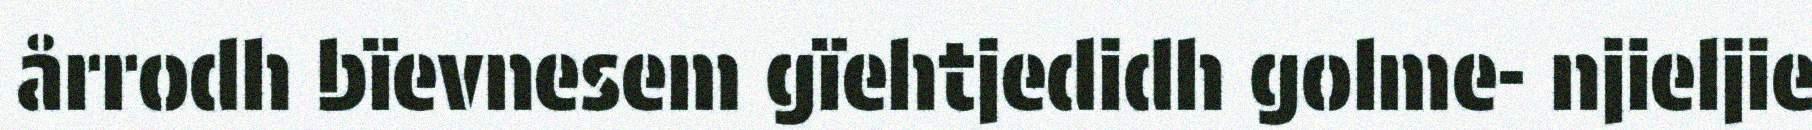
årrodh bïevnesem gïehtjedidh golme- njieljie